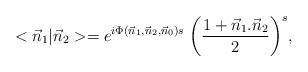
LaTeX: \begin{align*}<{\vec n}_{1}|{\vec n}_{2}>= e^{i \Phi ({\vec n}_{1},{\vec n}_{2},{\vec n}_{0}) s} \; {\left( { {1+ {\vec n}_{1}.{\vec n}_{2}}\over 2} \right) }^{s},\end{align*}